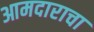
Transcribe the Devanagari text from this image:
आमदाराचा